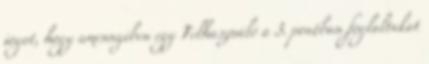
jogot, hogy amennyiben egy Felhasználó a 3. pontban foglaltakat